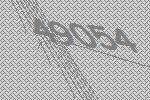
49054